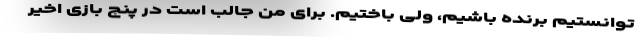
‌توانستیم برنده باشیم، ولی باختیم. برای من جالب است در پنج بازی اخیر